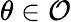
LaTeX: \theta\in{\mathcal{O}}